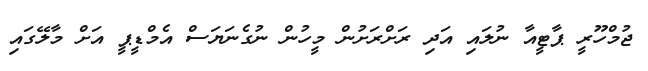
ޖުމްހޫރީ ޕާޓީއާ ނުލައި އަދި ރަށްރަށުން މީހުން ނުގެނަޔަސް އެމްޑީޕީ އަށް މާލޭގައި